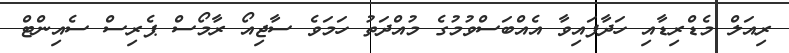
ރިއަލް މެޑްރިޑާއި ހަދާފައިވާ އެއްބަސްވުމުގެ މުއްދަތު ހަމަވެ ސާޖިއޯ ރާމޯސް ޕެރިސް ސެއިންޓް